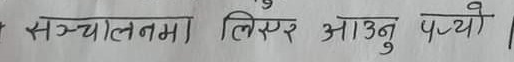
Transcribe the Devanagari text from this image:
संञ्चालनमा लिएर आउनु पर्‍यो।